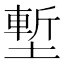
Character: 塹